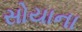
સોયાના